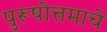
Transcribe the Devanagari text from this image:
पुरूषोत्तमाचे